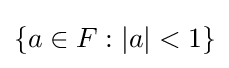
\{a\in F:|a|<1\}